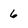
Character: 6